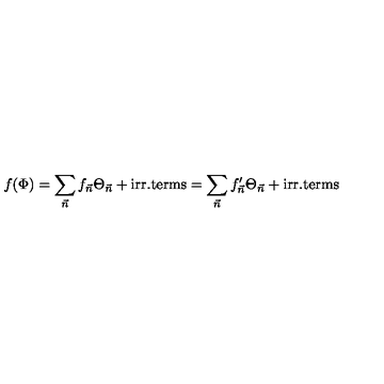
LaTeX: f ( \Phi ) = \sum _ { \vec { n } } f _ { \vec { n } } \Theta _ { \vec { n } } + \mathrm { i r r . t e r m s } = \sum _ { \vec { n } } f _ { \vec { n } } ^ { \prime } \Theta _ { \vec { n } } + \mathrm { i r r . t e r m s }